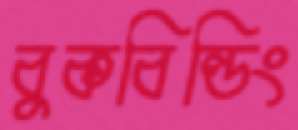
বুকবিল্ডিং